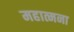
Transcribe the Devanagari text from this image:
महात्मना